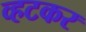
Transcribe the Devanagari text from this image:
व्हटकर